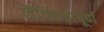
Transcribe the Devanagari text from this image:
लैंगिकतापूर्ण